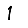
Digit: 1